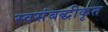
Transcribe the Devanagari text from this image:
स्वसंबद्धीकृत